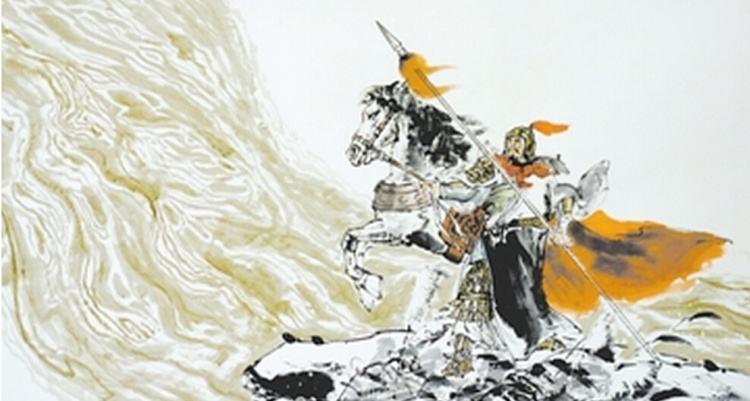
胡瓶落膊紫薄汗，碎叶城西秋月团。